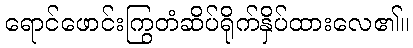
ရောင်ဖောင်းကြွတံဆိပ်ရိုက်နှိပ်ထားလေ၏။